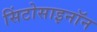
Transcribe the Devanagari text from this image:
सिंटोसाइनॉन